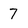
Character: 7